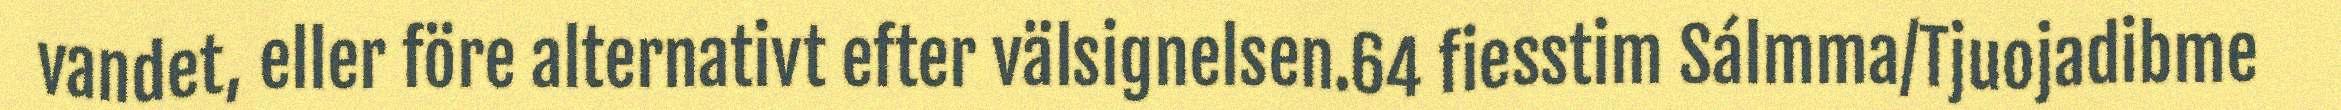
vandet, eller före alternativt efter välsignelsen.64 fiesstim Sálmma/Tjuojadibme